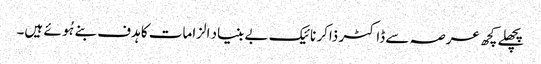
پچھلے کچھ عرصہ سے ڈاکٹر ذاکر نائیک بے بنیاد الزامات کا ہدف بنے ہُوئے ہیں۔